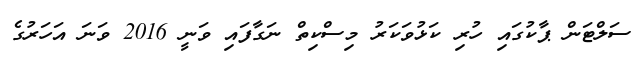
ސަލްޓަން ޕާކުގައި ހުރި ކަޅުވަކަރު މިސްކިތް ނަގާފައި ވަނީ 2016 ވަނަ އަހަރުގެ